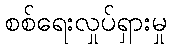
စစ်ရေးလှုပ်ရှားမှု